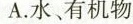
A.水、有机物